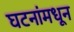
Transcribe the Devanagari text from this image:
घटनांमधून